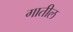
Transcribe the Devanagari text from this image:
गातील